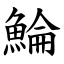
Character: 鯩